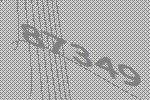
87349